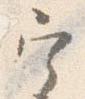
実